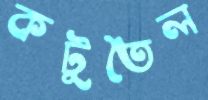
কটুতৈল